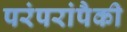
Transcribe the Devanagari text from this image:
परंपरांपैकी